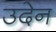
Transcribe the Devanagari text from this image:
उदेन